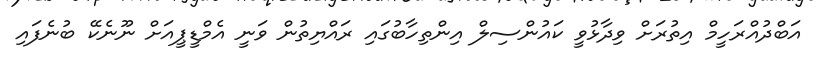
އަބްދުއްރަހީމް އިތުރަށް ވިދާޅުވީ ކައުންސިލް އިންތިހާބުގައި ރައްޔިތުން ވަނީ އެމްޑީޕީއަށް ނޫނެކޭ ބުނެފައި